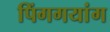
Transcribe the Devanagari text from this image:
पिंगगयांग